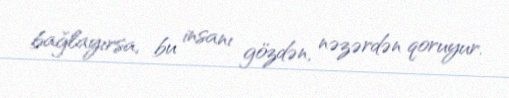
bağlayırsa, bu insanı gözdən, nəzərdən qoruyur.